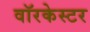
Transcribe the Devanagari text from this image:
वॉरकेस्टर